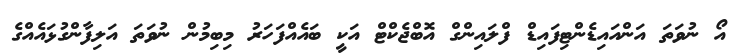
އޯ ނުވަތަ އަންއައިޑެންޓިފައިޑް ފްލައިންގް އޮބްޖެކްޓް އަކީ ބައެއްފަހަރު މިބިމުން ނުވަތަ އަލިފާންގުޅައެއްގެ